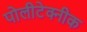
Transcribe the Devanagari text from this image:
पोलीटेक्नीक